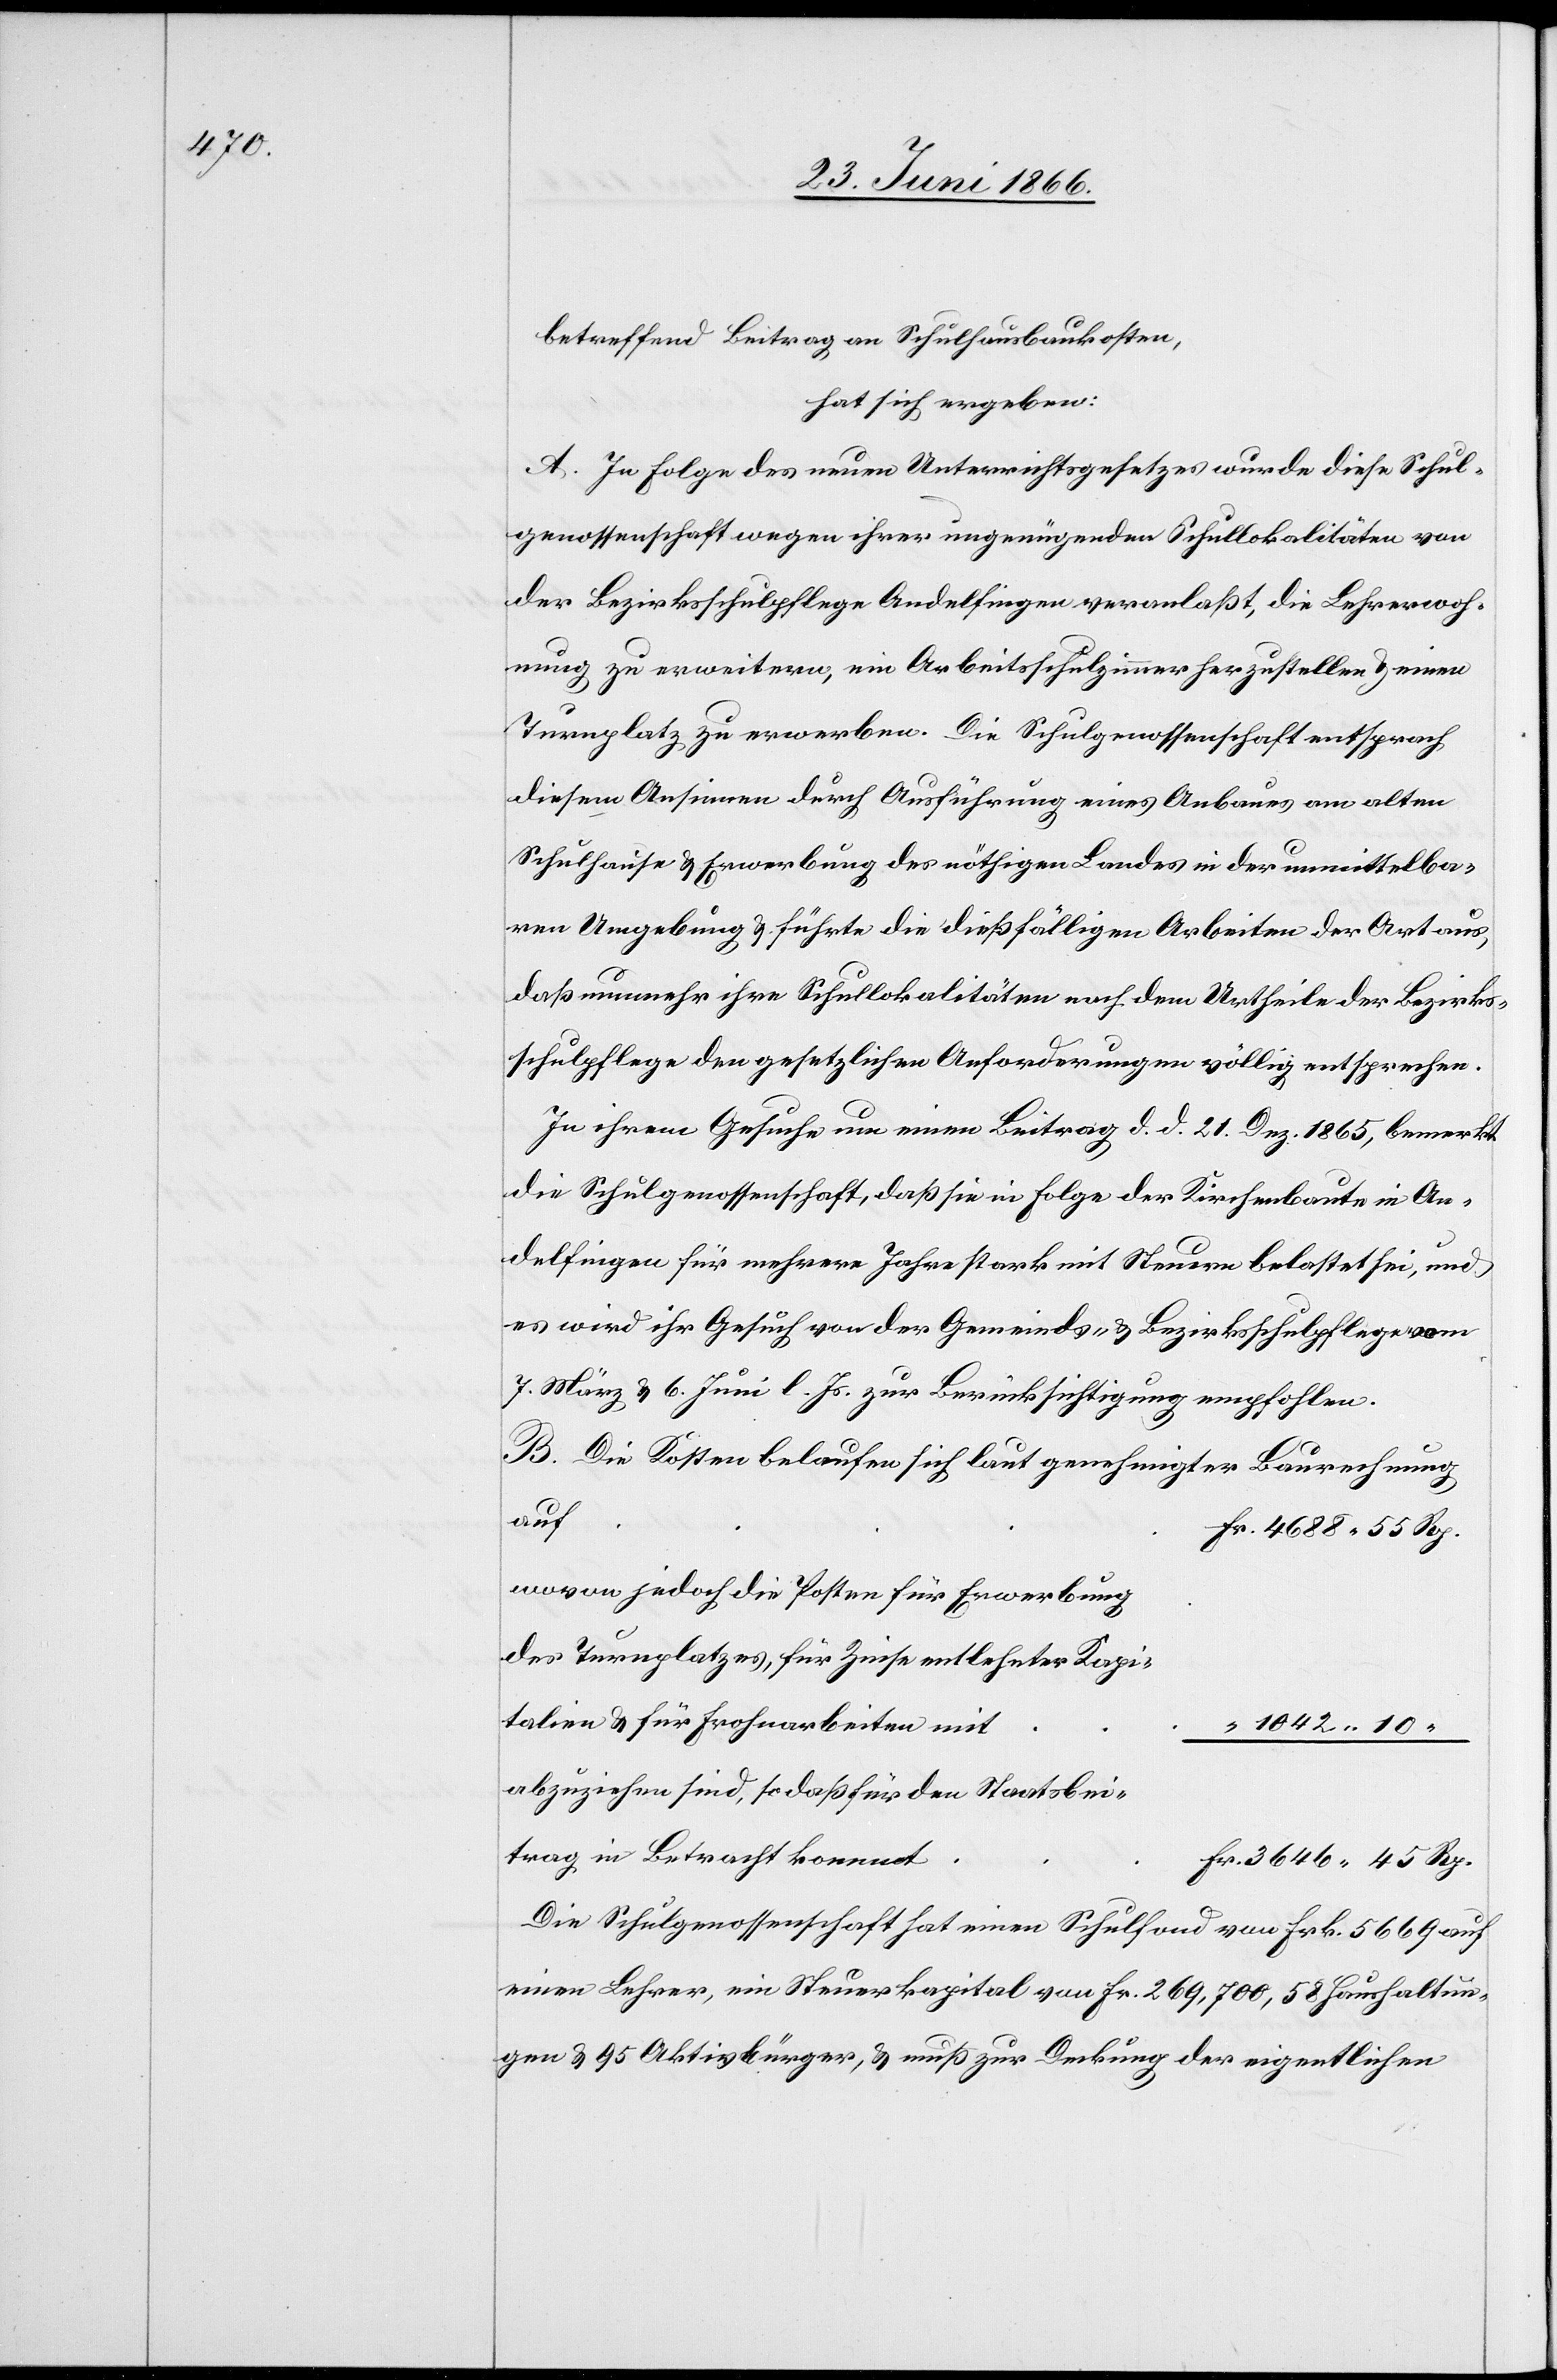
betreffend Beitrag an Schulhausbauten,
hat sich ergeben:
A. In Folge des neuen Unterrichtsgesetzes wurde diese Schul¬
genossenschaft wegen ihrer ungenügenden Schullokalitäten von
der Bezirksschulpflege Andelfingen veranlaßt, die Lehrerwoh¬
nung zu erweitern, ein Arbeitsschulzimmer herzustellen u. einen
Turnplatz zu erwerben. Die Schulgenossenschaft entsprach
diesem Ansinnen durch Ausführung eines Anbaues am alten
Schulhause u. Erwerbung des nöthigen Landes in der unmittelba¬
ren Umgebung u. führte die dießfälligen Arbeiten der Art aus,
daß nunmehr ihre Schullokalitäten nach dem Urtheile der Bezirks¬
schulpflege den gesetzlichen Anforderungen völlig entsprechen.
In ihrem Gesuche um einen Beitrag d. d. 21. Dez. 1865, bemerkt
die Schulgenossenschaft, daß sie in Folge der Kirchenbaute in An¬
delfingen für mehrere Jahre stark mit Steuern belastet sei, und
es wird ihr Gesuch von der Gemeinds- u. Bezirksschulpflege von
7. März u. 6. Juni l. Js. zur Berücksichtigung empfohlen.
B. Die Kosten belaufen sich laut genehmigter Baurechnung
au¬
f	Fr. 4688.55 Rp.
wovon jedoch die Posten für Erwerbung
des Turnplatzes, für Zinse entlehnter Kapi¬
talien u. für Frohnarbeiten
1042.10
abzuziehen sind, so daß für den Staatsbei¬
trag in Betracht komm¬
t	Fr. 3646.45 Rp.
Die Schulgenossenschaft hat einen Schulfond von Frk. 5669 auf
einen Lehrer, ein Steuerkapital von Fr. 269 700.58, 58 Haushaltun¬
gen u. 95 Aktivbürger, u. muß zur Deckung der eigentlichen